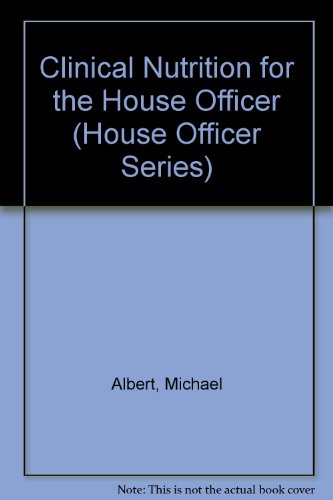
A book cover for Clinical Nutrition for the House Officer (House Officer Series); Gerald D. Allen; Medical Books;